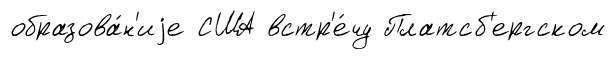
образова́н'иjе США встр'е́чу Платсб'ергском